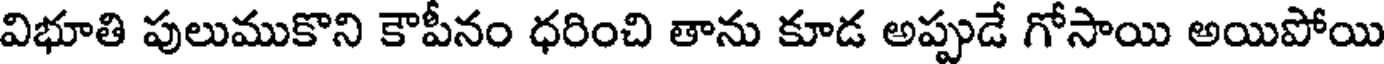
విభూతి పులుముకొని కౌపీనం ధరించి తాను కూడ అప్పుడే గోసాయి అయిపోయి